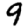
Digit: 9